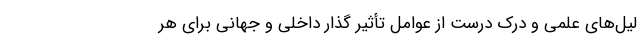
لیل‌های علمی و درک درست از عوامل تأثیر گذار داخلی و جهانی برای هر